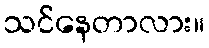
သင်နေတာလား။